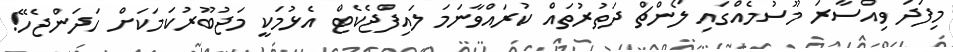
މިފަދަ ވިއްސާރަ މޫސުމެއްގައި ލޯންޗް ދަތުރުތައް ކުރައްވާނަމަ ލައިފްޖެކެޓް އެޅުމަކީ މަޖުބޫރުކަމަކަށް ހަދަންޖެހޭ!